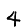
Digit: 4